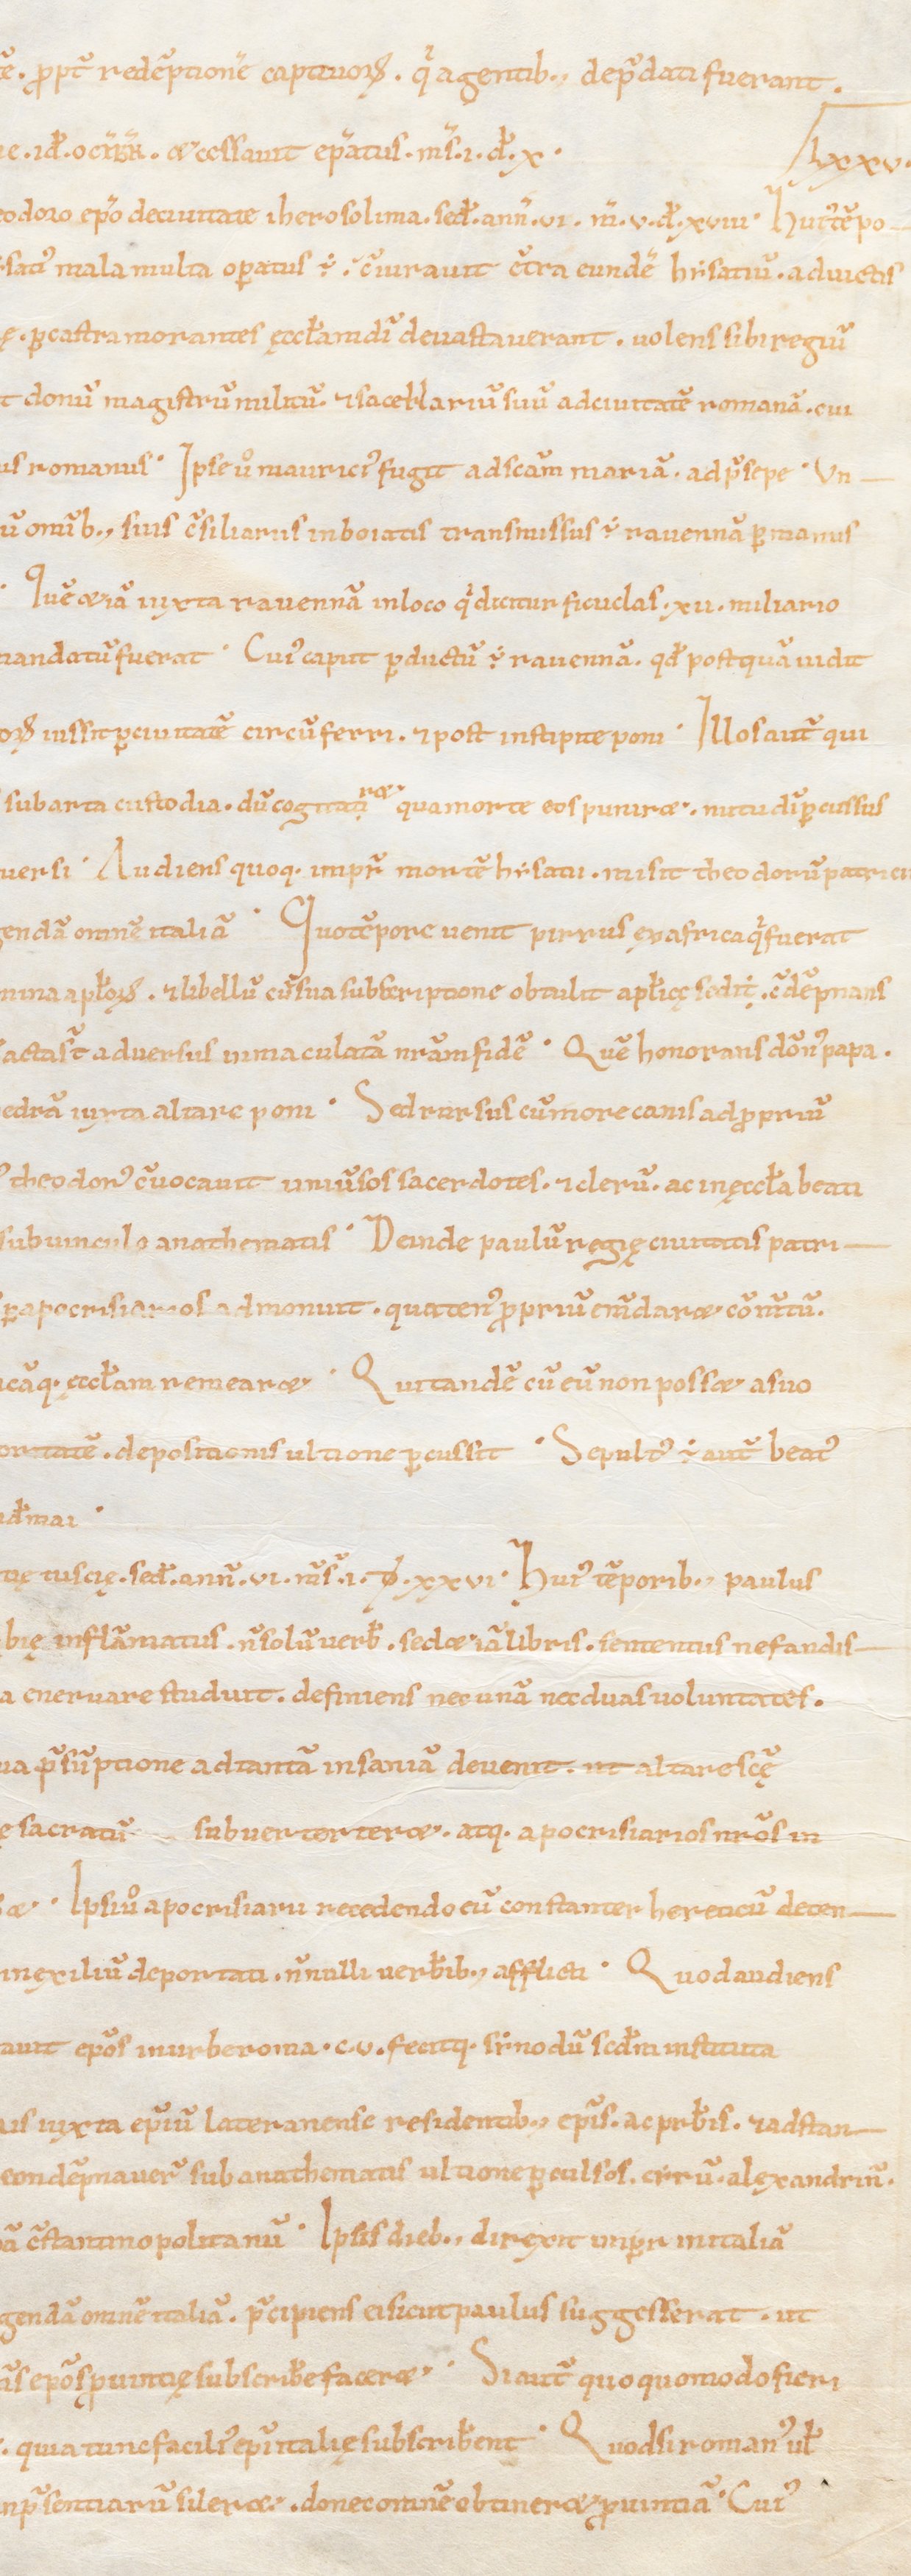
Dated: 1039–1056